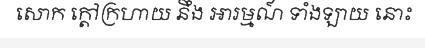
សោក ក្តៅក្រហាយ នឹង អារម្មណ៍ ទាំងឡាយ នោះ